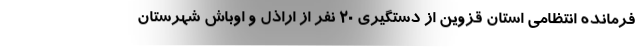
فرمانده انتظامی استان قزوین از دستگیری ۲۰ نفر از اراذل و اوباش شهرستان